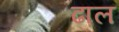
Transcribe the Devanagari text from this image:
ढा़ल